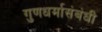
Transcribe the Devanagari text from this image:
गुणधर्मासंबंधी